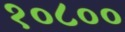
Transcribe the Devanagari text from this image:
१०८००